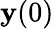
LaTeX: \mathbf{y}(0)